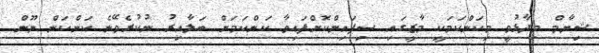
ޝިޔާމް ވިދާޅުވީ މިކަންކަމަކީ މާޒީގައި ސިފައިންކޮށްފައިވާ ކަންކަމަށް ބަލާއިރު ނުކުރެވޭނެ ކަންކަން ނޫން